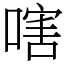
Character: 嗐